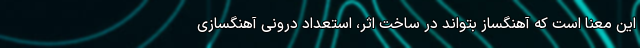
این معنا است که آهنگساز بتواند در ساخت اثر، استعداد درونی آهنگسازی